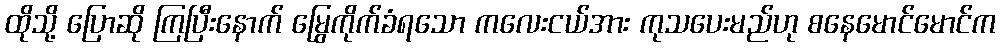
ထိုသို့ ပြောဆို ကြပြီးနောက် မြွေကိုက်ခံရသော ကလေးငယ်အား ကုသပေးမည်ဟု စနေမောင်မောင်က